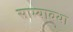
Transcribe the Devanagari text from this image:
साम्यावथा